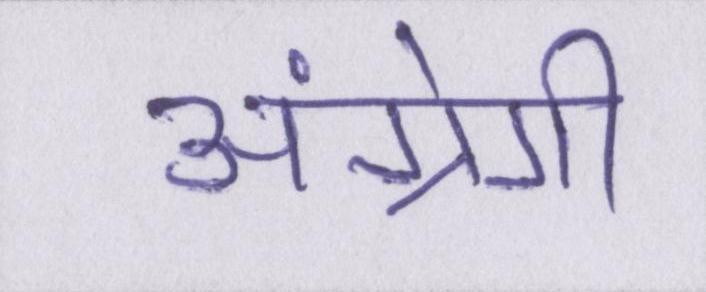
अंग्रेगी